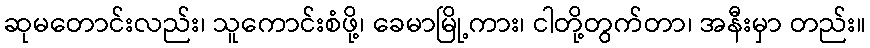
ဆုမတောင်းလည်း၊ သူကောင်းစံဖို့၊ ခေမာမြို့ကား၊ ငါတို့တွက်တာ၊ အနီးမှာ တည်း။